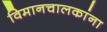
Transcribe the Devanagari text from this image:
विमानचालकांना